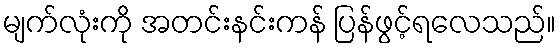
မျက်လုံးကို အတင်းနင်းကန် ပြန်ဖွင့်ရလေသည်။